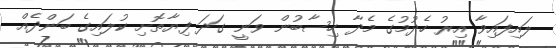
ލައިފައިވާ އިރު ހެދުމުގެ މެދާ ހިސާބުން ވަނީ ގަދަ ފިޔާތޮށި ކުލައިގެ ބަންދެއް